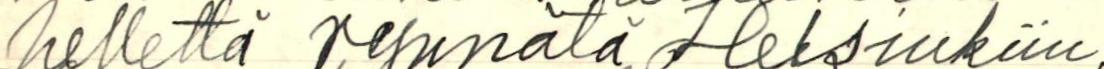
hellettä rynnätä Helsinkiin